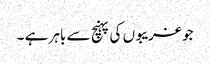
جو غریبوں کی پہنچ سے باہر ہے ۔